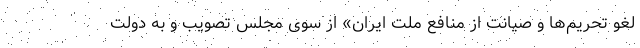
لغو تحریم‌ها و صیانت از منافع ملت ایران» از سوی مجلس تصویب و به دولت